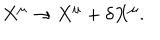
X ^ { \mu } \rightarrow X ^ { \mu } + \delta X ^ { \mu } .